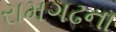
રામગઢના